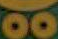
oo